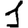
Digit: 1